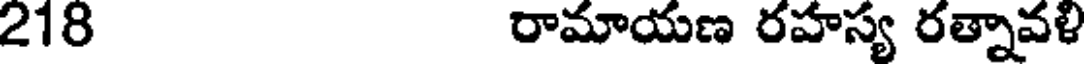
218 రామాయణ రహస్య రత్నావళి